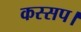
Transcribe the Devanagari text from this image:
कस्सप।